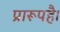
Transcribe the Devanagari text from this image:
प्रारूपहै।